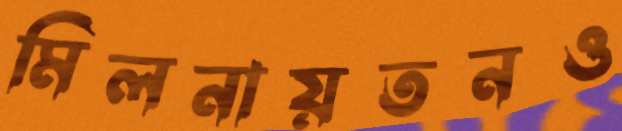
মিলনায়তনও